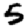
Digit: 5